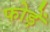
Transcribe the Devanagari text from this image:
फोड़ें